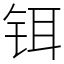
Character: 铒